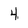
Character: 4